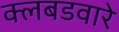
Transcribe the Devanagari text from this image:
क्लबडवारे